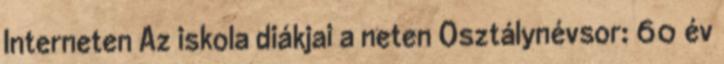
Interneten Az iskola diákjai a neten Osztálynévsor: 60 év